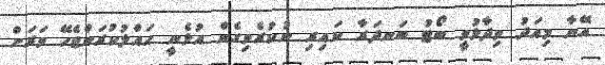
އޭނާ މިއަދު ވިދާޅުވީ ބޯޓު ބަނދަރާ ކައިރި ނުކުރެވިގެން އުޅެނީ ހައްލުކުރަންޖެހޭ ވަރަށް